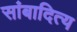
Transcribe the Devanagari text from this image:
सांबादित्य